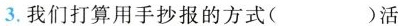
3.我们打算用手抄报的方式( )活